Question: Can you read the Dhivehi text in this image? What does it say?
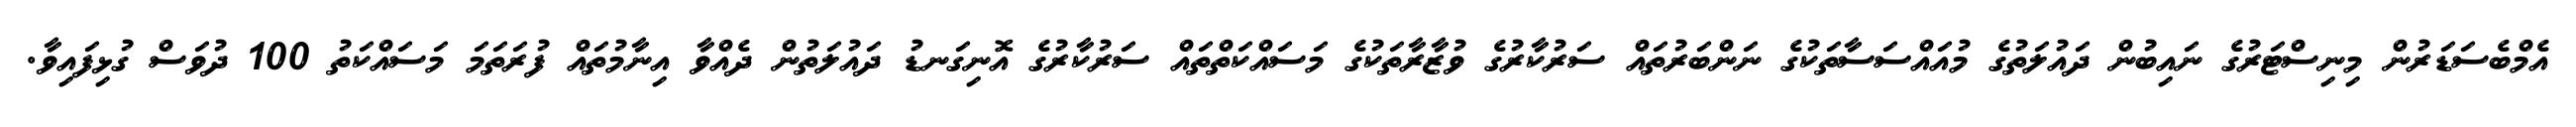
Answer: އެމްބެސަޑަރުން މިނިސްޓަރުގެ ނައިބުން ދައުލަތުގެ މުއައްސަސާތަކުގެ ނަންބަރުތައް ސަރުކާރުގެ ވުޒާރާތަކުގެ މަސައްކަތްތައް ސަރުކާރުގެ އޮނިގަނޑު ދައުލަތުން ދެއްވާ އިނާމުތައް ފުރަތަމަ މަސައްކަތު 100 ދުވަސް ގުޅިފައިވާ.